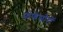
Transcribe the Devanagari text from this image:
प्रोफेसोरों